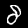
Digit: 8